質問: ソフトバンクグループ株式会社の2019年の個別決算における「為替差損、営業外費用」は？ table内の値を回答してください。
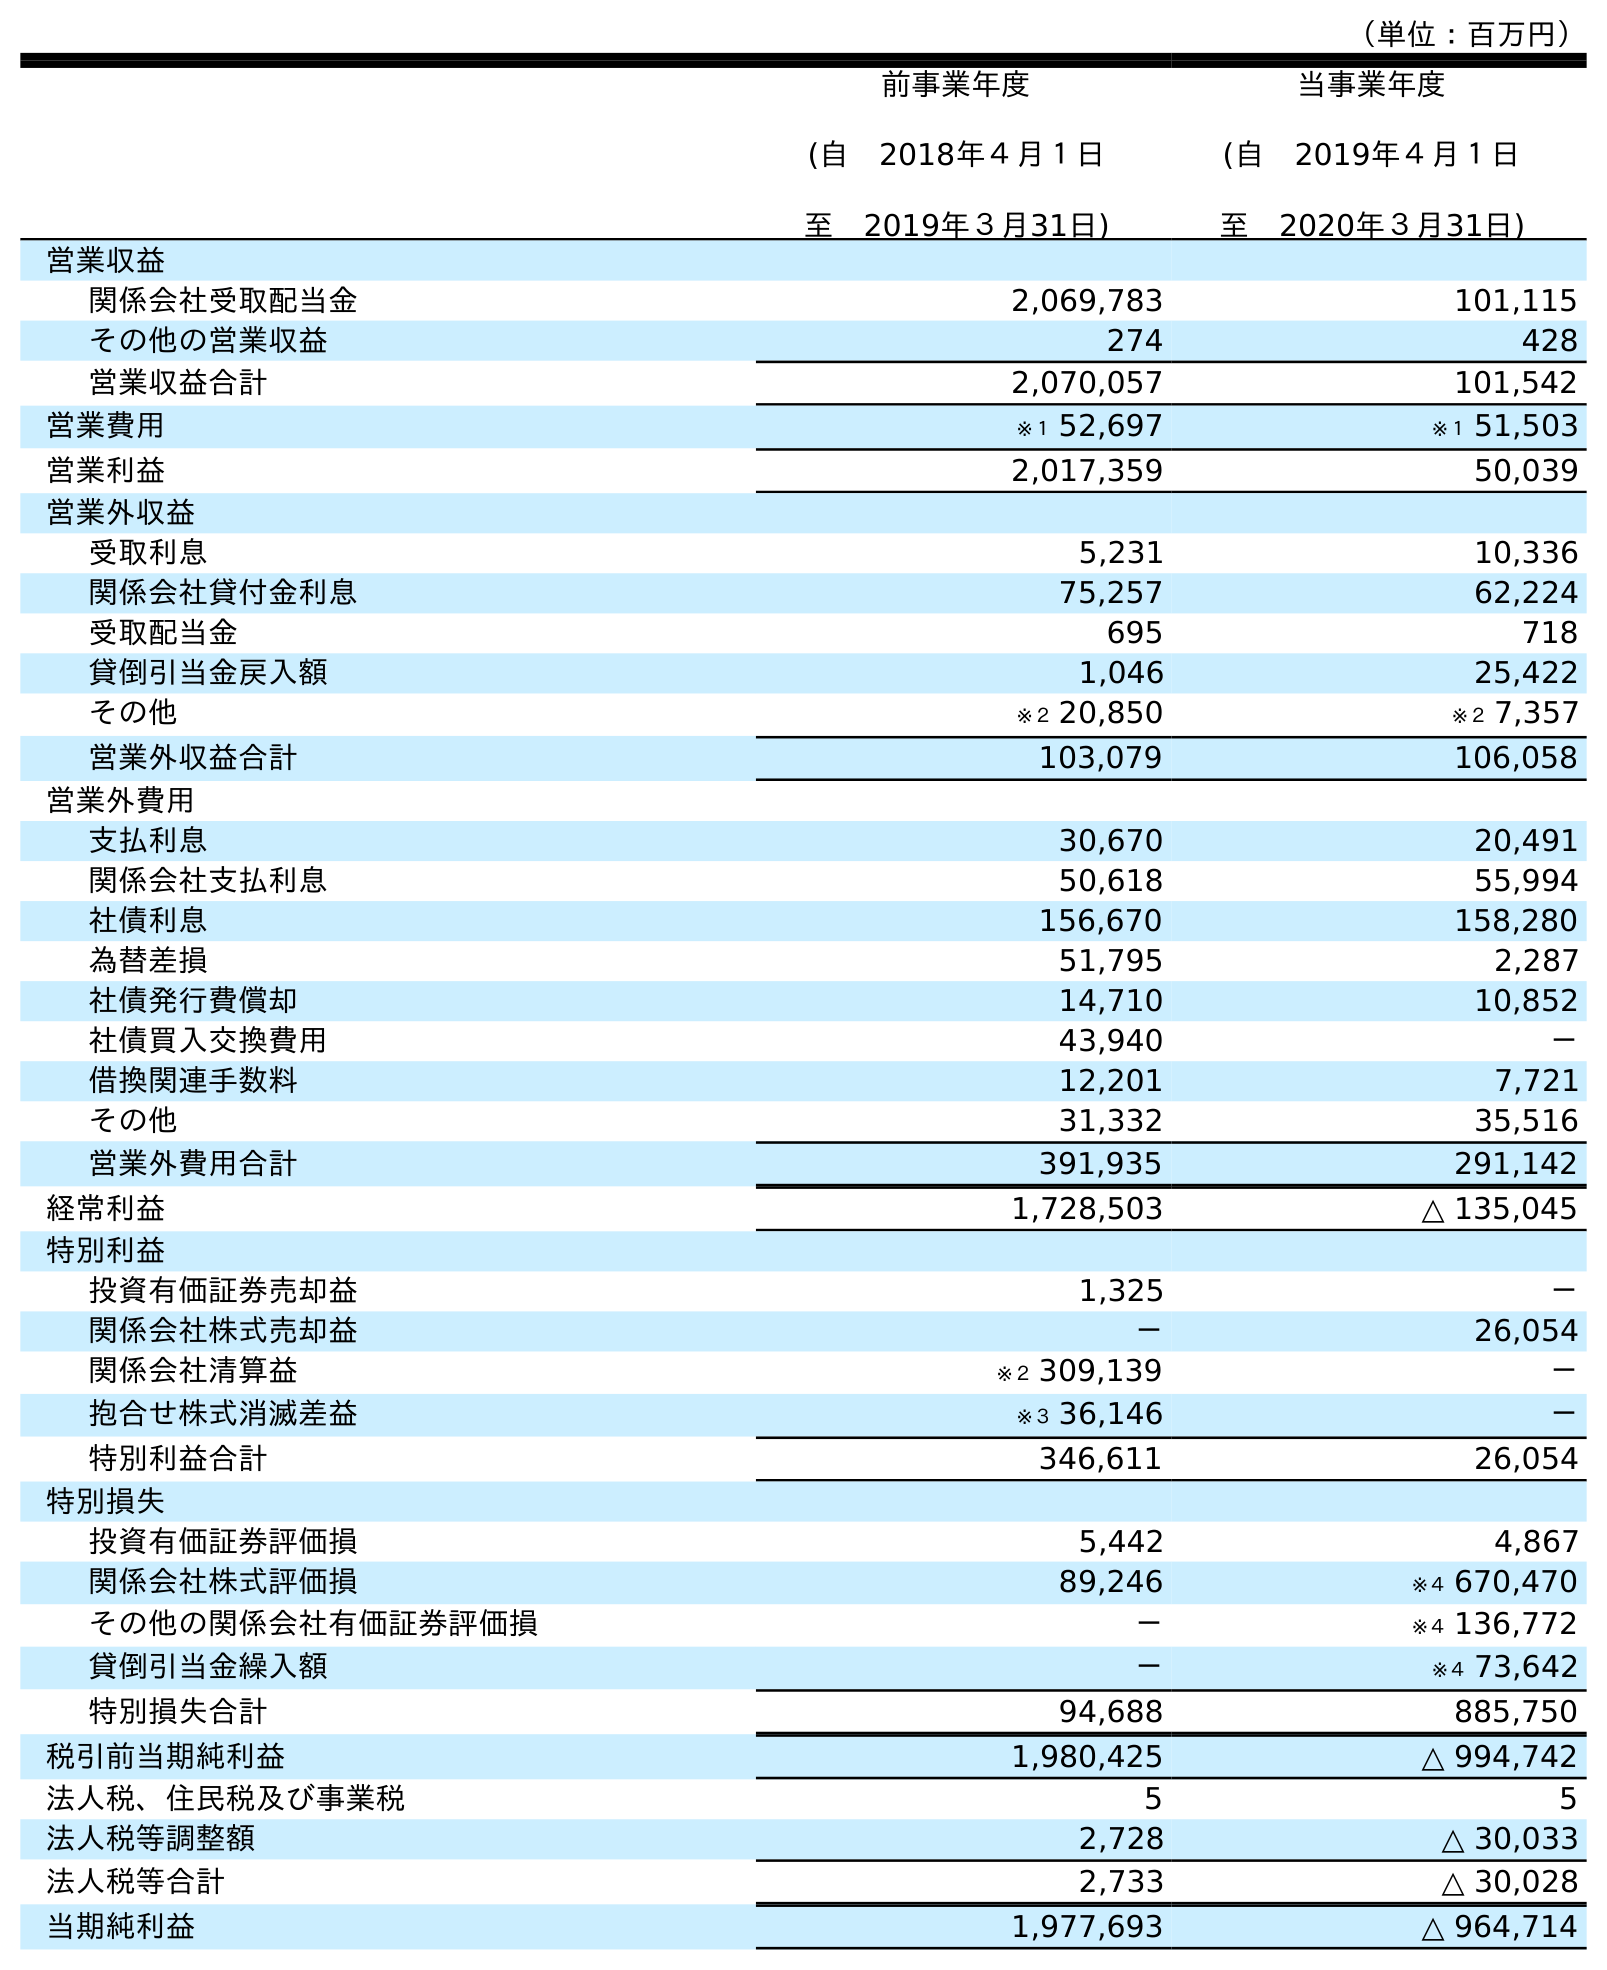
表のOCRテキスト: （単位：百万円） 前事業年度 (自 2018年４月１日 至 2019年３月31日) 当事業年度 (自 2019年４月１日 至 2020年３月31日) 営業収益 関係会社受取配当金 2,069,783 101,115 その他の営業収益 274 428 営業収益合計 2,070,057 101,542 営業費用 ※１ 52,697 ※１ 51,503 営業利益 2,017,359 50,039 営業外収益 受取利息 5,231 10,336 関係会社貸付金利息 75,257 62,224 受取配当金 695 718 貸倒引当金戻入額 1,046 25,422 その他 ※２ 20,850 ※２ 7,357 営業外収益合計 103,079 106,058 営業外費用 支払利息 30,670 20,491 関係会社支払利息 50,618 55,994 社債利息 156,670 158,280 為替差損 51,795 2,287 社債発行費償却 14,710 10,852 社債買入交換費用 43,940 － 借換関連手数料 12,201 7,721 その他 31,332 35,516 営業外費用合計 391,935 291,142 経常利益 1,728,503 △ 135,045 特別利益 投資有価証券売却益 1,325 － 関係会社株式売却益 － 26,054 関係会社清算益 ※２ 309,139 － 抱合せ株式消滅差益 ※３ 36,146 － 特別利益合計 346,611 26,054 特別損失 投資有価証券評価損 5,442 4,867 関係会社株式評価損 89,246 ※４ 670,470 その他の関係会社有価証券評価損 － ※４ 136,772 貸倒引当金繰入額 － ※４ 73,642 特別損失合計 94,688 885,750 税引前当期純利益 1,980,425 △ 994,742 法人税、住民税及び事業税 5 5 法人税等調整額 2,728 △ 30,033 法人税等合計 2,733 △ 30,028 当期純利益 1,977,693 △ 964,714
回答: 51,795